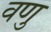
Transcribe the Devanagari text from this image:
वणु